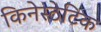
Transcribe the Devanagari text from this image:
किनेस्ठेटिक